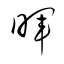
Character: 暉